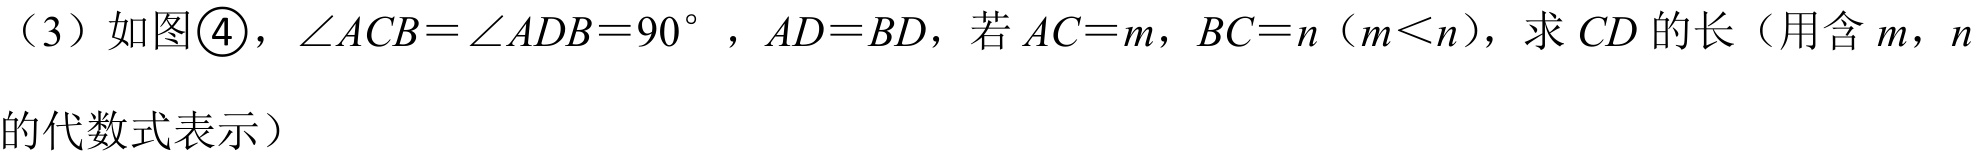
（3）如图\textcircled{4}，\(\angle ACB=\angle ADB = 90^{\circ}\)，\(AD = BD\)，若\(AC = m\)，\(BC = n\)（\(m < n\)），求\(CD\)的长（用含\(m\)，\(n\)
的代数式表示）